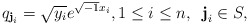
\begin{align*}q_{\textbf{j}_i}=\sqrt{y_i}e^{\sqrt{-1}x_i},1\leq i\leq n,\;\;\textbf{j}_i \in S,\end{align*}